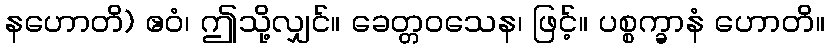
နဟောတိ) ဧဝံ၊ ဤသို့လျှင်။ ခေတ္တဝသေန၊ ဖြင့်။ ပစ္စက္ခာနံ ဟောတိ။